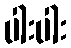
ပါးပါး